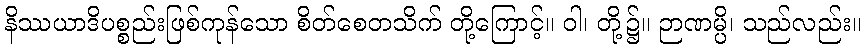
နိဿယာဒိပစ္စည်းဖြစ်ကုန်သော စိတ်စေတသိက် တို့ကြောင့်။ ဝါ၊ တို့၌။ ဉာဏမ္ပိ၊ သည်လည်း။